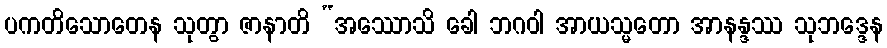
ပကတိသောတေန သုတွာ ဇာနာတိ “အဿောသိ ခေါ ဘဂဝါ အာယသ္မတော အာနန္ဒဿ သုဘဒ္ဒေန